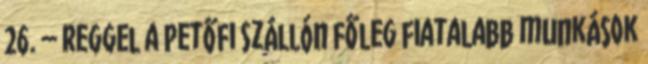
26. – reggel a Petőfi Szállón főleg fiatalabb munkások